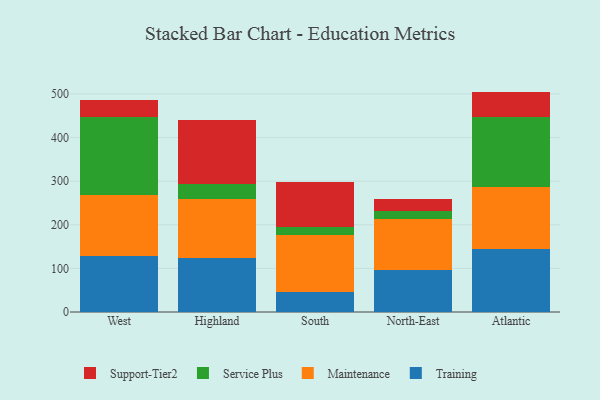
{"axis": {"x": "Region", "y": "Headcount"}, "legend": ["Maintenance", "Service Plus", "Support-Tier2", "Training"], "data": [{"x": "West", "y": 127.9, "type": "Training"}, {"x": "West", "y": 140.8, "type": "Maintenance"}, {"x": "West", "y": 178.2, "type": "Service Plus"}, {"x": "West", "y": 39.4, "type": "Support-Tier2"}, {"x": "Highland", "y": 123.7, "type": "Training"}, {"x": "Highland", "y": 135.0, "type": "Maintenance"}, {"x": "Highland", "y": 35.0, "type": "Service Plus"}, {"x": "Highland", "y": 146.0, "type": "Support-Tier2"}, {"x": "South", "y": 46.4, "type": "Training"}, {"x": "South", "y": 129.1, "type": "Maintenance"}, {"x": "South", "y": 18.9, "type": "Service Plus"}, {"x": "South", "y": 102.4, "type": "Support-Tier2"}, {"x": "North-East", "y": 95.4, "type": "Training"}, {"x": "North-East", "y": 117.5, "type": "Maintenance"}, {"x": "North-East", "y": 19.4, "type": "Service Plus"}, {"x": "North-East", "y": 27.5, "type": "Support-Tier2"}, {"x": "Atlantic", "y": 143.3, "type": "Training"}, {"x": "Atlantic", "y": 143.2, "type": "Maintenance"}, {"x": "Atlantic", "y": 160.0, "type": "Service Plus"}, {"x": "Atlantic", "y": 58.6, "type": "Support-Tier2"}]}